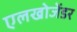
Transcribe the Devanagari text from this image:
एलखोजेंडर